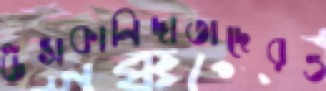
উসকানিদাতাদেরও